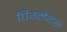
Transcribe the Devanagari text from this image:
पिग्मेयस